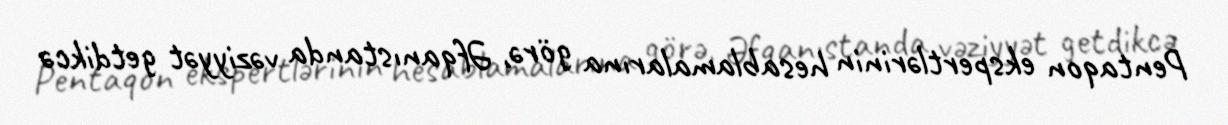
Pentaqon ekspertlərinin hesablamalarına görə, Əfqanıstanda vəziyyət getdikcə